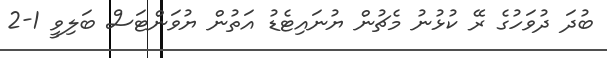
ބުދަ ދުވަހުގެ ރޭ ކުޅުނު މެޗުން ޔުނައިޓެޑު އަތުން ޔުވަންޓަސް ބަލިވީ 1-2